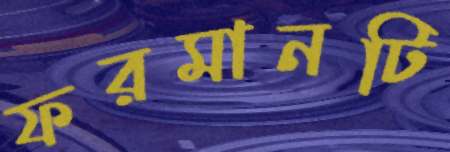
ফরমানটি